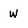
Character: w